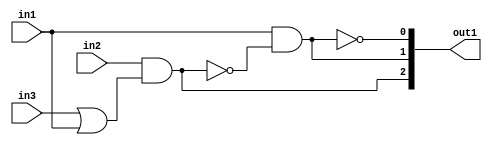
`timescale 1ps / 1ps
/*****************************************************************************
    Verilog RTL Description
    
    
    Created by: Stratus DpOpt 21.05.01 
*******************************************************************************/

module Filter_gen_busy_r_1 (
	in1,
	in2,
	in3,
	out1
	); /* architecture "behavioural" */ 
input  in1,
	in2,
	in3;
output [2:0] out1;
wire  asc003,
	asc004,
	asc006,
	asc008,
	asc010;
wire [2:0] asc011;

assign asc004 = 
	(in3)
	|(in1);

assign asc003 = 
	(in2)
	&(asc004);

assign asc008 = 
	((~asc003));

assign asc006 = 
	(in1)
	&(asc008);

assign asc010 = 
	((~asc006));

assign asc011 = {asc003,asc006,asc010};

assign out1 = asc011;
endmodule

/* CADENCE  v7HwSw8= : u9/ySxbfrwZIxEzHVQQV8Q== ** DO NOT EDIT THIS LINE ******/